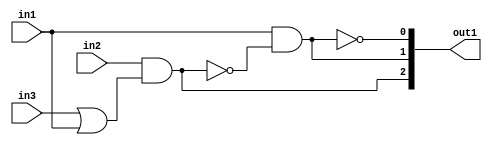
`timescale 1ps / 1ps
/*****************************************************************************
    Verilog RTL Description
    
    
    Created by: Stratus DpOpt 21.05.01 
*******************************************************************************/

module Filter_gen_busy_r_1 (
	in1,
	in2,
	in3,
	out1
	); /* architecture "behavioural" */ 
input  in1,
	in2,
	in3;
output [2:0] out1;
wire  asc003,
	asc004,
	asc006,
	asc008,
	asc010;
wire [2:0] asc011;

assign asc004 = 
	(in3)
	|(in1);

assign asc003 = 
	(in2)
	&(asc004);

assign asc008 = 
	((~asc003));

assign asc006 = 
	(in1)
	&(asc008);

assign asc010 = 
	((~asc006));

assign asc011 = {asc003,asc006,asc010};

assign out1 = asc011;
endmodule

/* CADENCE  v7HwSw8= : u9/ySxbfrwZIxEzHVQQV8Q== ** DO NOT EDIT THIS LINE ******/